Civil Veterinary Dept. Bombay admin report 1907-1913 - 1907-1913
Year: 1907
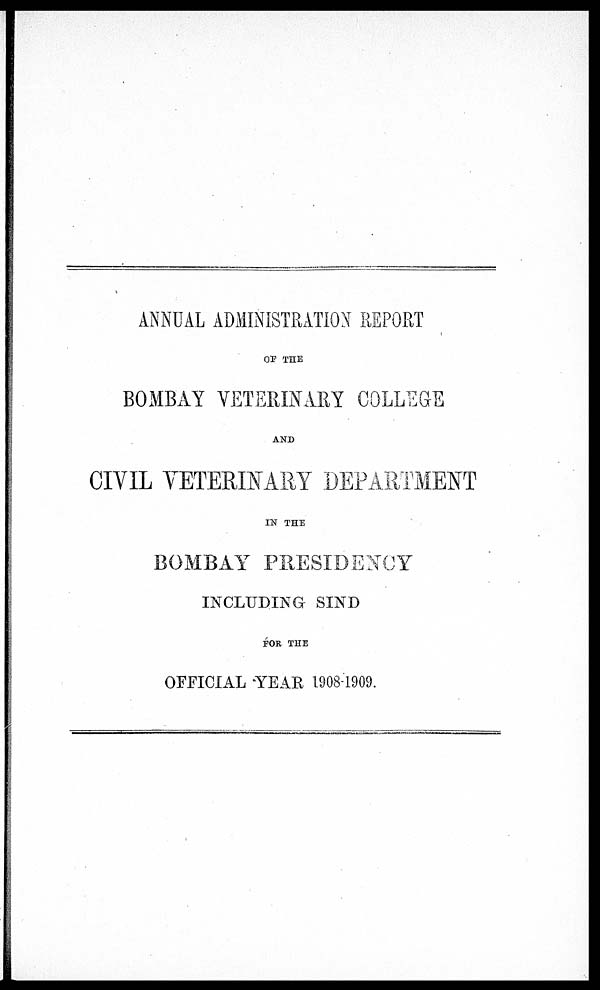
ANNUAL ADMINISTRATION REPORT
OF THE
BOMBAY VETERINARY COLLEGE
AND
CIVIL VETERINARY DEPARTMENT
IN THE
BOMBAY PRESIDENCY
INCLUDING SIND
FOR THE
OFFICIAL YEAR 1908-1909.